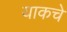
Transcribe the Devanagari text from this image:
याकचे